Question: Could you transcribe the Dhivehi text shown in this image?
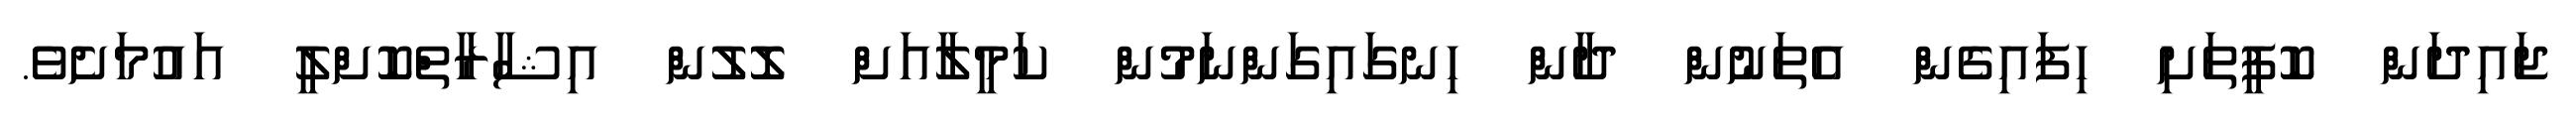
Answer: ޖައިދަން ކޮފީތަށި ހިފައިގެން އެތަނުން ދާން ހިނގައިގަންނަމުން ކަމީލާއަށް ލޮލުން އިޝާރާތްކޮށްލީ އައުމަށެވެ.